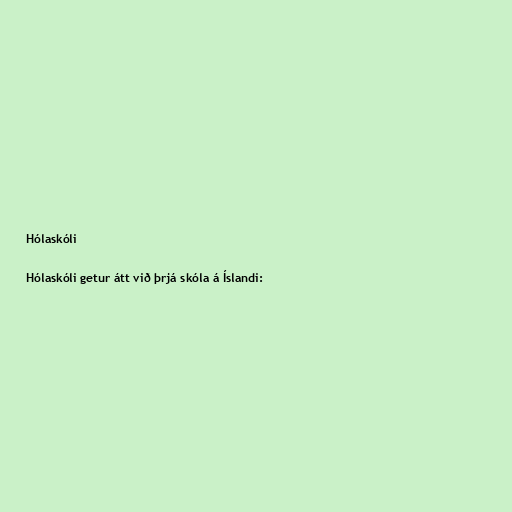
Hólaskóli

Hólaskóli getur átt við þrjá skóla á Íslandi: